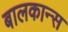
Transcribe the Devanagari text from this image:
बालकान्स